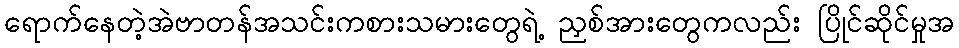
ရောက်နေတဲ့အဲဗာတန်အသင်းကစားသမားတွေရဲ့ ညှစ်အားတွေကလည်း ပြိုင်ဆိုင်မှုအ